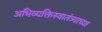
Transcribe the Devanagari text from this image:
अभिव्यक्तिस्वातंत्र्याच्या